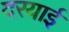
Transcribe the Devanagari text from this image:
दरयाई